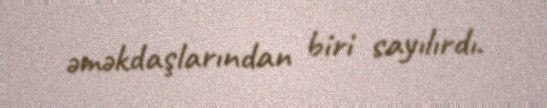
əməkdaşlarından biri sayılırdı.